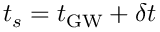
t _ { s } = t _ { \mathrm { G W } } + \delta t